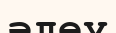
әлеу